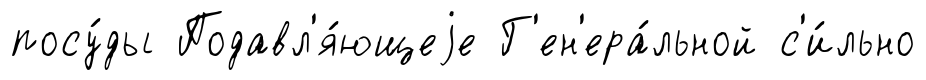
посу́ды Подавл'я́ющеjе Г'ен'ера́льной с'и́льно